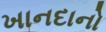
ખાનદાનો